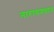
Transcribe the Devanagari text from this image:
नारायणथान